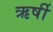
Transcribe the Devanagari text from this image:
ऋर्षी